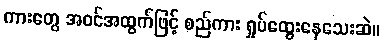
ကားတွေ အဝင်အထွက်ဖြင့် စည်ကား ရှုပ်ထွေးနေသေးဆဲ။